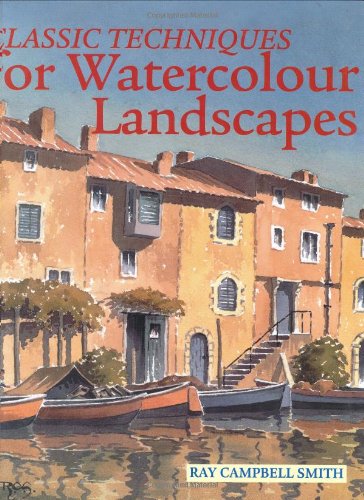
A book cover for Classic Techniques for Watercolour Landscapes; Ray Campbell Smith; Arts & Photography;